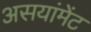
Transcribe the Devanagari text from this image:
असयांमेंट